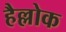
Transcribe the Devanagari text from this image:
हैल्लोक